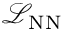
\mathcal { L } _ { \mathrm { N N } }